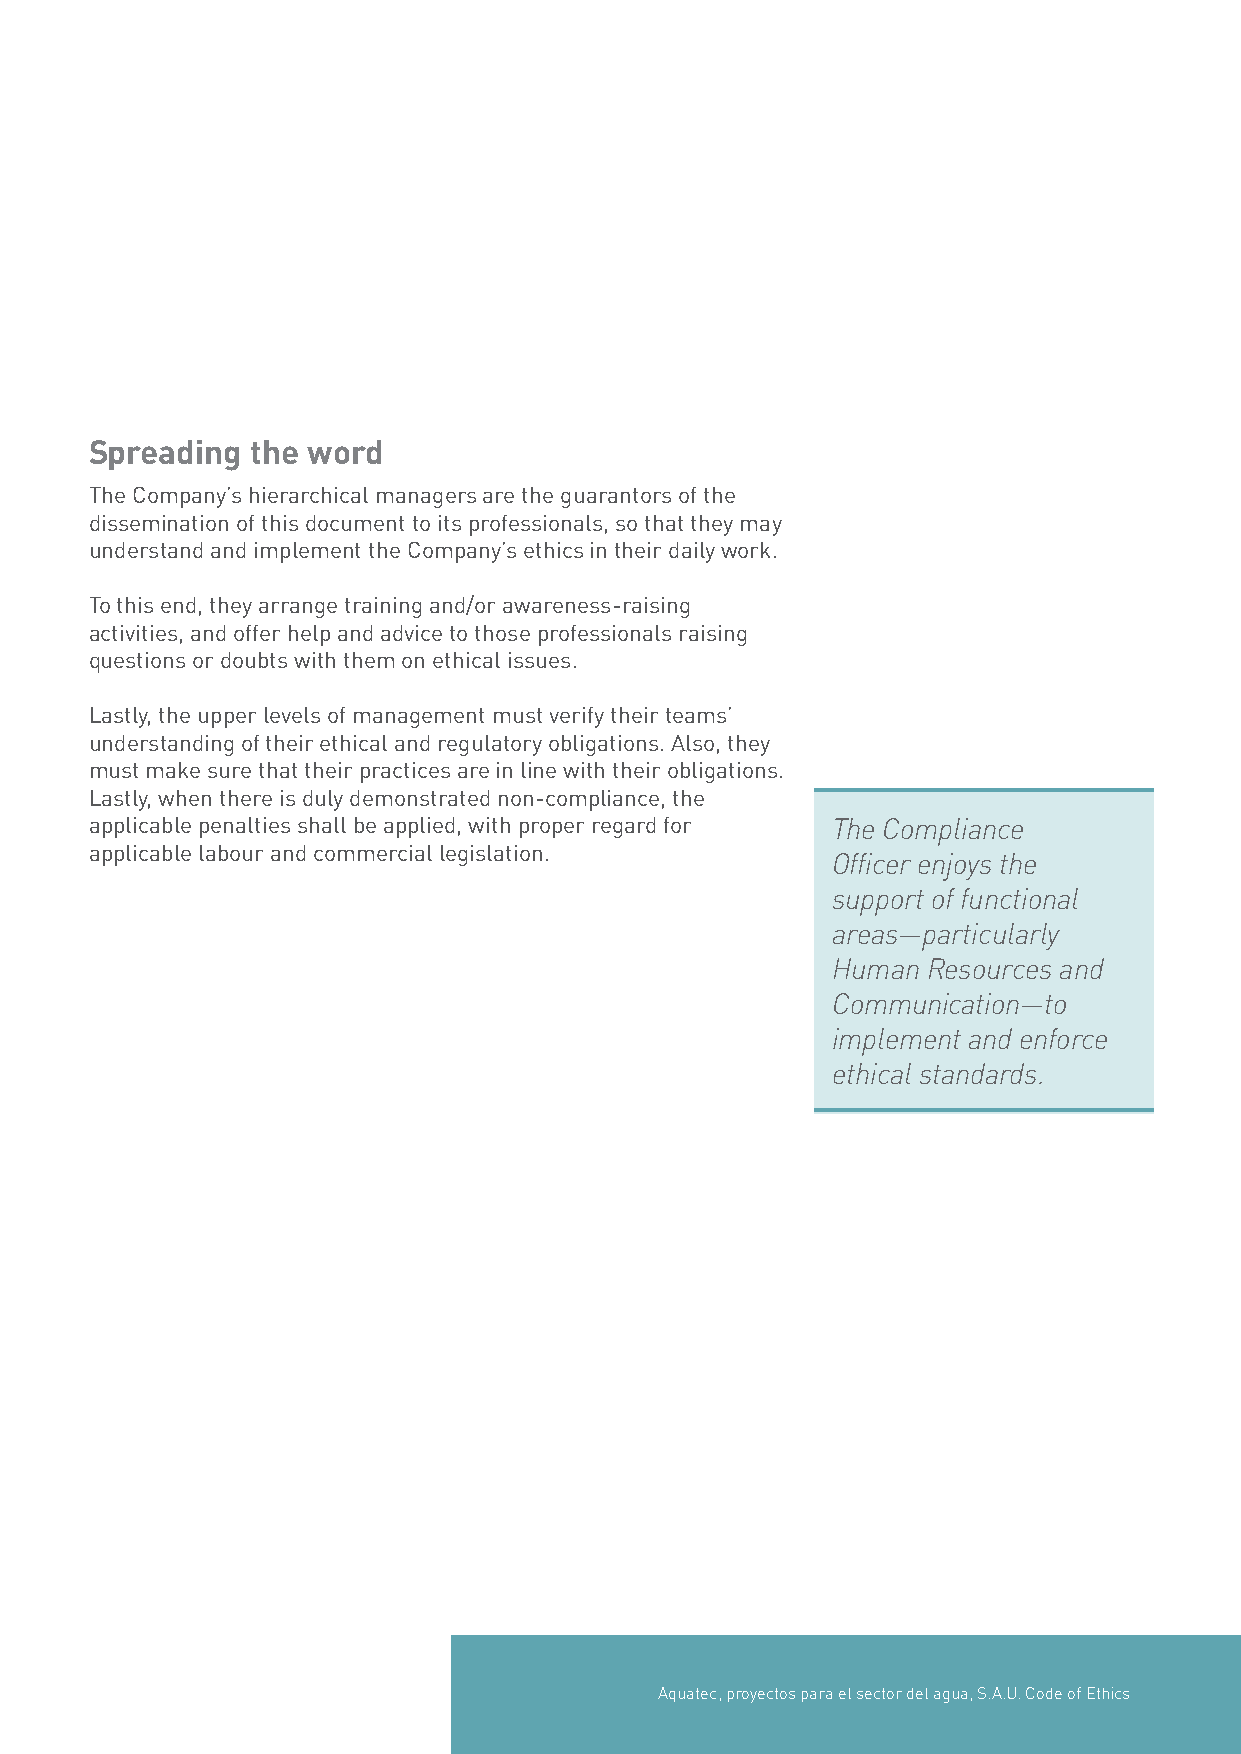
Spreading  the word
 The Company’s hierarchical managers are the guarantors of the
 dissemination of this document to its professionals, so that they may
 understand and implement the Company’s ethics in their daily work.
 To this end, they arrange training and/or awareness-raising
 activities, and offer help and advice to those professionals raising
 questions or doubts with them on ethical issues.
 Lastly, the upper levels of management must verify their teams’
 understanding of their ethical and regulatory obligations. Also, they
 must make sure that their practices are in line with their obligations.
 Lastly, when there is duly demonstrated non-compliance, the
 applicable penalties shall be applied, with proper regard for The Compliance
 applicable labour and commercial legislation.
 Officer enjoys the
 support of functional
 areas—particularly
 Human Resources and
 Communication—to
 implement and enforce
 ethical standards.
 Aquatec, proyectos para el sector del agua, S.A.U. Code of Ethics